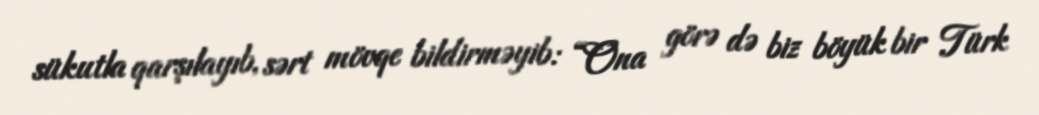
sükutla qarşılayıb, sərt mövqe bildirməyib: “Ona görə də biz böyük bir Türk